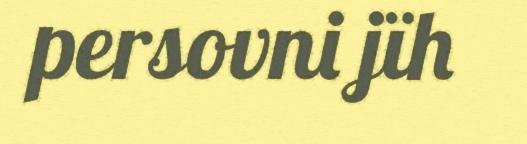
persovni jïh